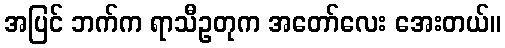
အပြင် ဘက်က ရာသီဥတုက အတော်လေး အေးတယ်။